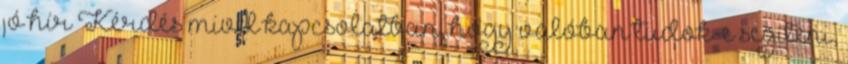
jó hír Kérdés mivel kapcsolatban, hogy valóban tudok-e segíteni,